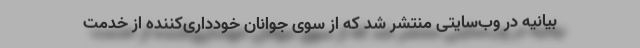
بیانیه در وب‌سایتی منتشر شد که از سوی جوانان خودداری‌کننده از خدمت